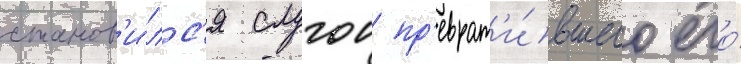
станов'и́лс'я слугои пр'еврат'и́вшего его́